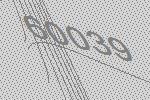
60039